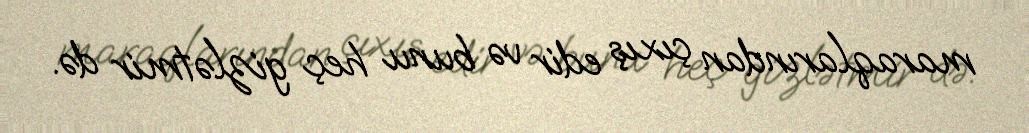
maraqlarından çıxış edir və bunu heç gizlətmir də.